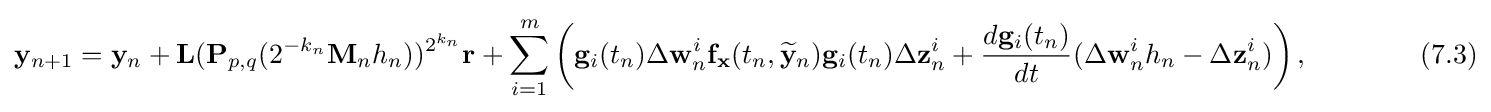
\mathbf {y} _{n+1}=\mathbf {y} _{n}+\mathbf {L} (\mathbf {P} _{p,q}(2^{-k_{n}}\mathbf {M} _{n}h_{n}))^{2^{k_{n}}}\mathbf {r} +\sum \limits _{i=1}^{m}\left(\mathbf {g} _{i}(t_{n})\Delta \mathbf {w} _{n}^{i}\mathbf {f} _{\mathbf {x} }(t_{n},{\widetilde {\mathbf {y} }}_{n})\mathbf {g} _{i}(t_{n})\Delta \mathbf {z} _{n}^{i}+{\frac {d\mathbf {g} _{i}(t_{n})}{dt}}(\Delta \mathbf {w} _{n}^{i}h_{n}-\Delta \mathbf {z} _{n}^{i})\right),\qquad \qquad (7.3)